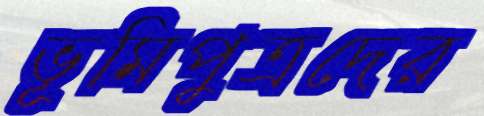
ভূমিপুত্রদের